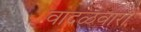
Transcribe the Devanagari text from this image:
वादळवारा